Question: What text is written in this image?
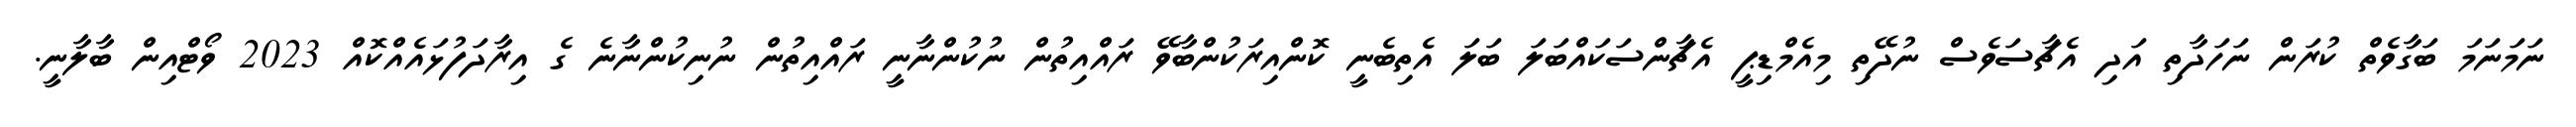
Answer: ނަމަނަމަ ބަގާވެތް ކުރަން ނަހަދާތި އަދި އެޗާސަވެސް ނުދޭތި މިއެމްޑިޕީ އެޗާންސަކައްބަލަ ބަލަ އެތިބެނީ ކޮންއިރަކުންބާވޭ ރައްއިތުން ނުކުންނާނީ ރައްއިތުން ނުނިކުންނާނެ ގެ އިރާދަފުޅައެއްކޮއް 2023 ވޯޓްއިން ބާލާނީ.